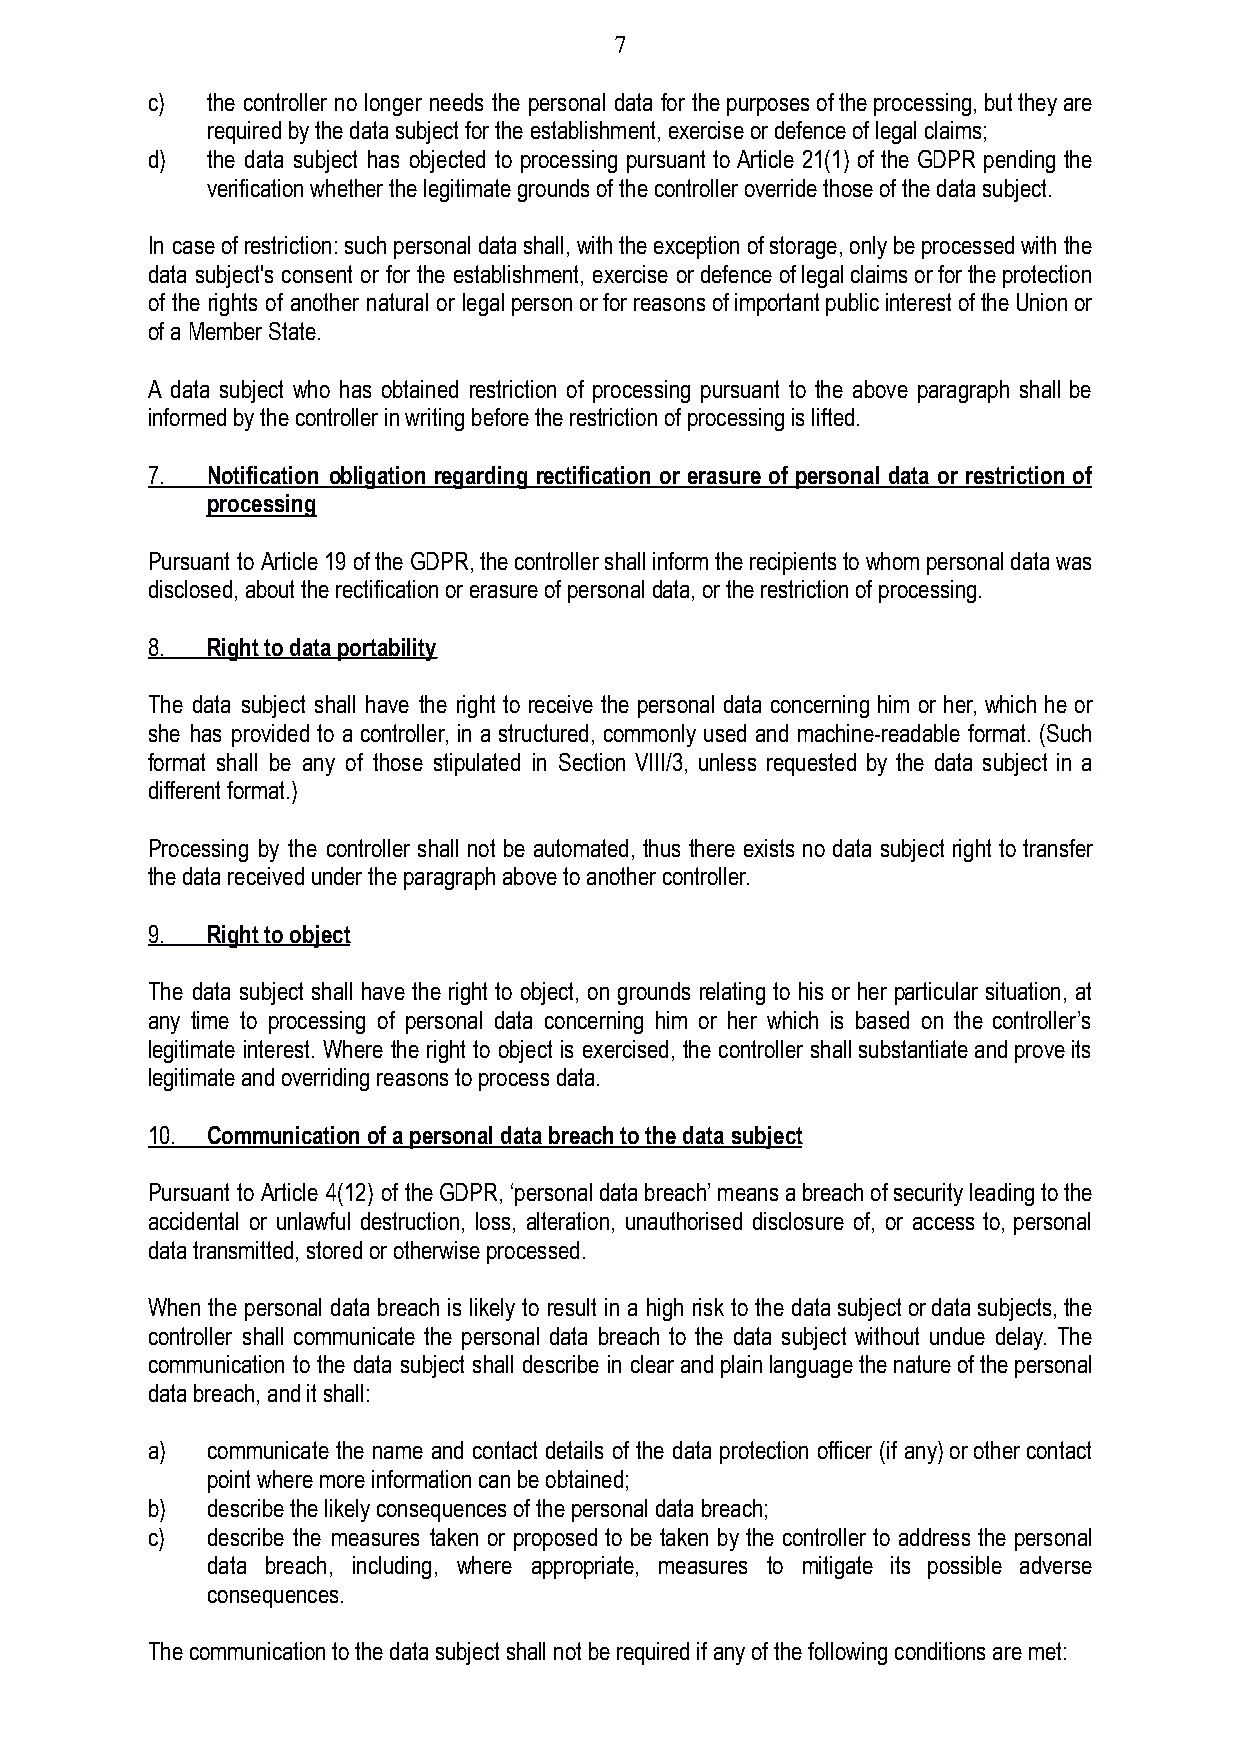
7
 c)  the controller no longer needs the personal data for thepurposesoftheprocessing,buttheyare
 required by the data subject for the establishment,exercise or defence of legal claims;
 d)  the data subject has objected to processing pursuant to Article 21(1) of the GDPR pending the
 verification whether the legitimate grounds of thecontroller override those of the data subject.
 In caseofrestriction:suchpersonaldatashall,withtheexceptionofstorage,onlybeprocessedwiththe
 data subject's consent or for the establishment, exercise ordefenceoflegalclaimsorfortheprotection
 of the rights of another natural or legalpersonorforreasonsofimportantpublicinterestoftheUnionor
 of a Member State.
 A data subject who has obtained restriction of processing pursuant to the above paragraph shall be
 informed by the controller in writing before the restrictionof processing is lifted.
 7.  Notification obligation regarding rectification or erasure of personal data or restriction of
 processing
 Pursuant to Article19oftheGDPR,thecontrollershallinformtherecipientstowhompersonaldatawas
 disclosed, about the rectification or erasure of personaldata, or the restriction of processing.
 8.  Right to data portability
 The data subject shall have the right to receive the personal data concerning him or her, which he or
 she has provided to a controller, in a structured, commonly used and machine-readable format. (Such
 format shall be any of those stipulated in Section VIII/3, unless requested by the data subject in a
 different format.)
 Processing by the controller shall not be automated, thus there exists no data subject right to transfer
 the data received under the paragraph above to anothercontroller.
 9.  Right to object
 The data subject shall have the right to object, on grounds relating to his or her particular situation, at
 any time to processing of personal data concerning him or her which is based on the controller’s
 legitimate interest. Where the right to object is exercised, the controller shallsubstantiateandproveits
 legitimate and overriding reasons to process data.
 10. Communication of a personal data breach to the datasubject
 Pursuant to Article 4(12) of theGDPR,‘personaldatabreach’meansabreachofsecurityleadingtothe
 accidental or unlawful destruction, loss, alteration, unauthorised disclosure of, or access to, personal
 data transmitted, stored or otherwise processed.
 When the personal data breach is likely to result in a high risk to the datasubjectordatasubjects,the
 controller shall communicate the personal data breach to the data subject without undue delay. The
 communication to the data subject shall describe in clearandplainlanguagethenatureofthepersonal
 data breach, and it shall:
 a)  communicate the name and contact details of the data protection officer (if any)orothercontact
 point where more information can be obtained;
 b)  describe the likely consequences of the personal databreach;
 c)  describe the measures taken or proposed to be taken by the controller to address the personal
 data breach, including, where appropriate, measures to mitigate its possible adverse
 consequences.
 The communication to the data subject shall not berequired if any of the following conditions are met: